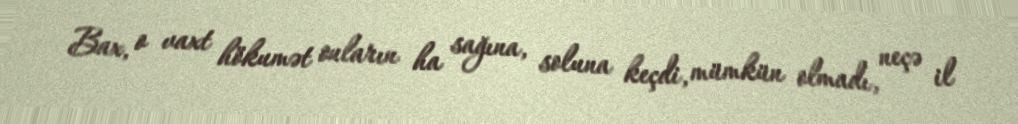
Bax, o vaxt hökumət onların ha sağına, soluna keçdi, mümkün olmadı, neçə il